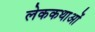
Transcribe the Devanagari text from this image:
लेककथाओं